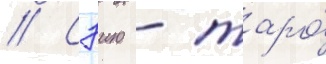
// Сэию - таро́